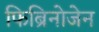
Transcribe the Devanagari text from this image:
फिब्रिनोजेन